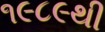
૧૯૮૯થી